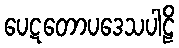
ပေဋတောပဒေသပါဠိ